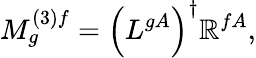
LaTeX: M_{g}^{(3)f}={\left(L^{gA}\right)}^{\dagger}\mathbb{R}^{fA},